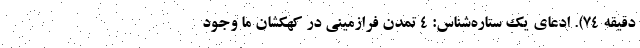
دقیقه ۷۴). ادعای یک ستاره‌شناس: ۴ تمدن فرازمینی در کهکشان ما وجود